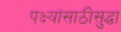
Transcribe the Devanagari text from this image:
पक्ष्यांसाठीसुद्धा